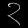
Digit: ၃